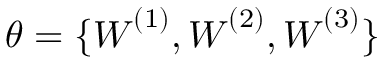
\theta = \{ { \boldsymbol { W } } ^ { ( 1 ) } , { \boldsymbol { W } } ^ { ( 2 ) } , { \boldsymbol { W } } ^ { ( 3 ) } \}